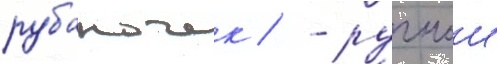
рубаночек / - ручнои